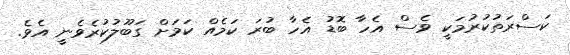
ކަސްރަތުކުރުމަކީ ވެސް އެހާ ބޮޑު އެހާ ބުރަ ކަމެއް ކަމަށް ގަބޫލުކުރެވެނީ އެވެ.